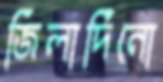
জিলার্দিনো